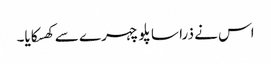
اس نے ذرا سا پلو چہرے سے کھسکایا۔